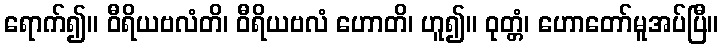
ရောက်၍။ ဝီရိယဗလံတိ၊ ဝီရိယဗလံ ဟောတိ၊ ဟူ၍။ ဝုတ္တံ၊ ဟောတော်မူအပ်ပြီ။